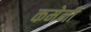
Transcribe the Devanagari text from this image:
कमेनी